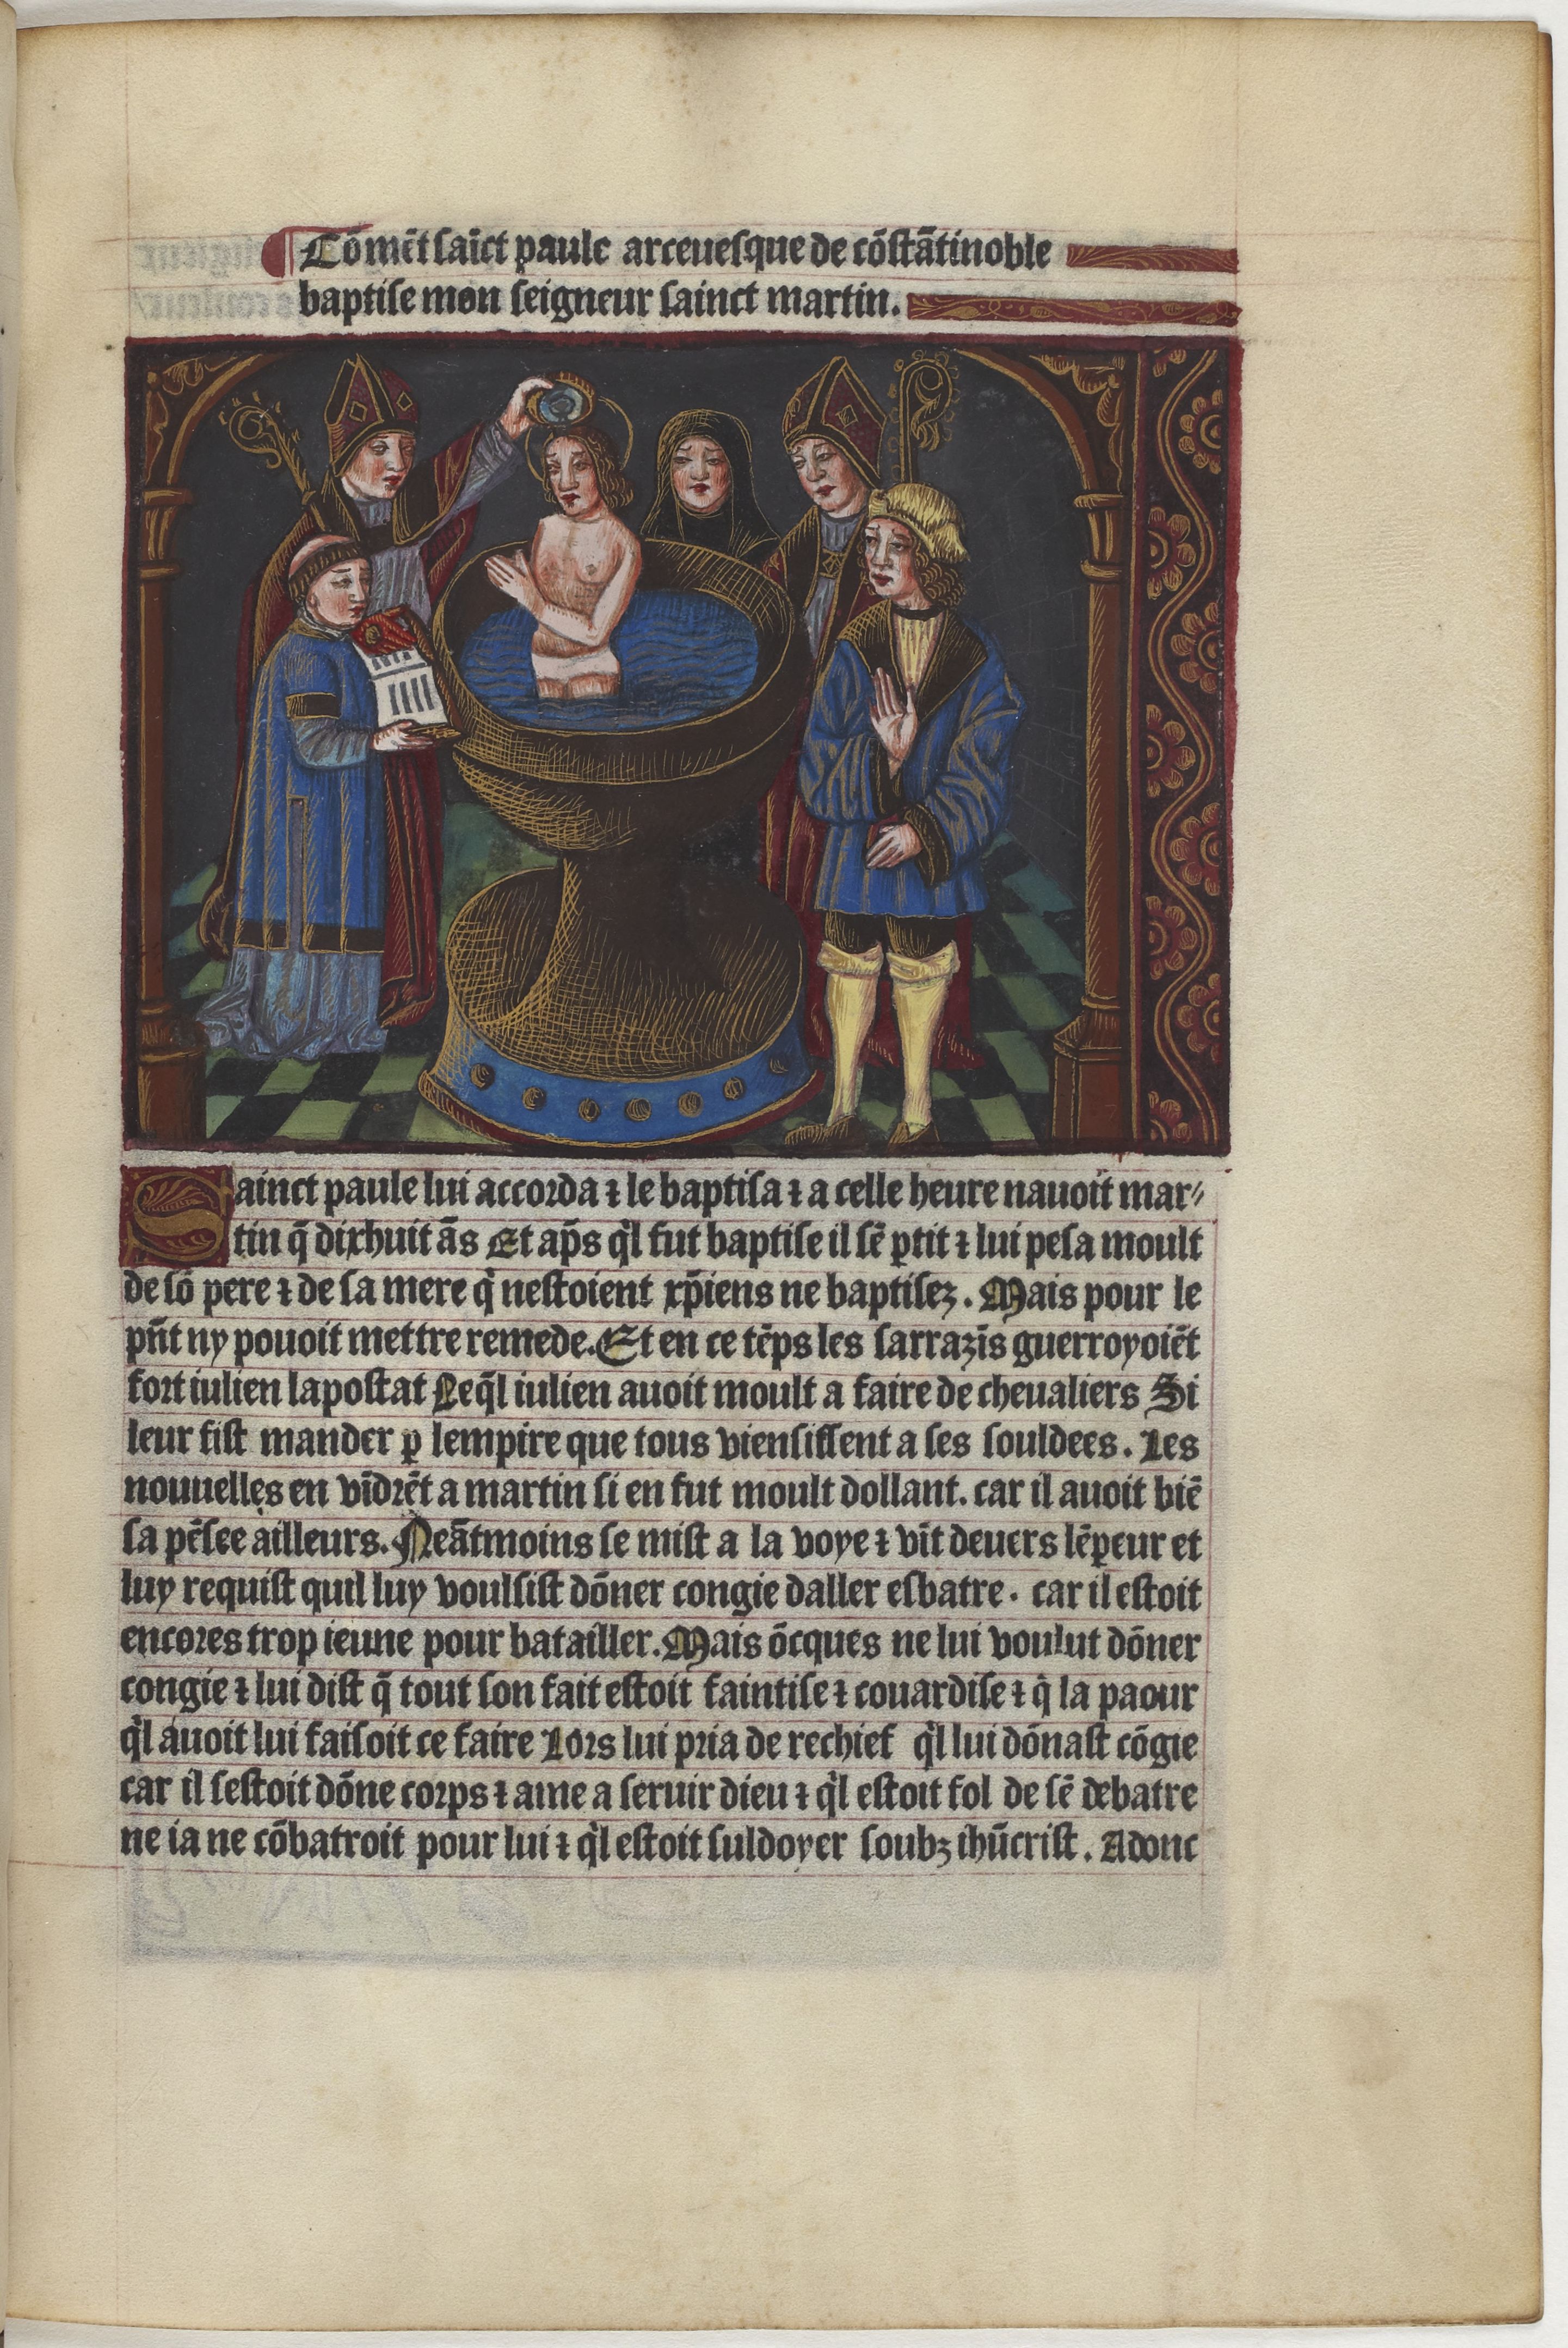
Shelfmark: Paris, BnF, Velins 1159
Century: 15